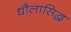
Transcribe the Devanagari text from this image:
धौलासिद्ध